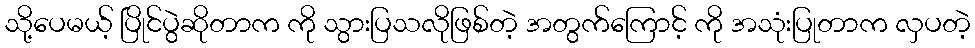
သို့ပေမယ့် ပြိုင်ပွဲဆိုတာက ကို သွားပြသလိုဖြစ်တဲ့ အတွက်ကြောင့် ကို အသုံးပြုတာက လှပတဲ့